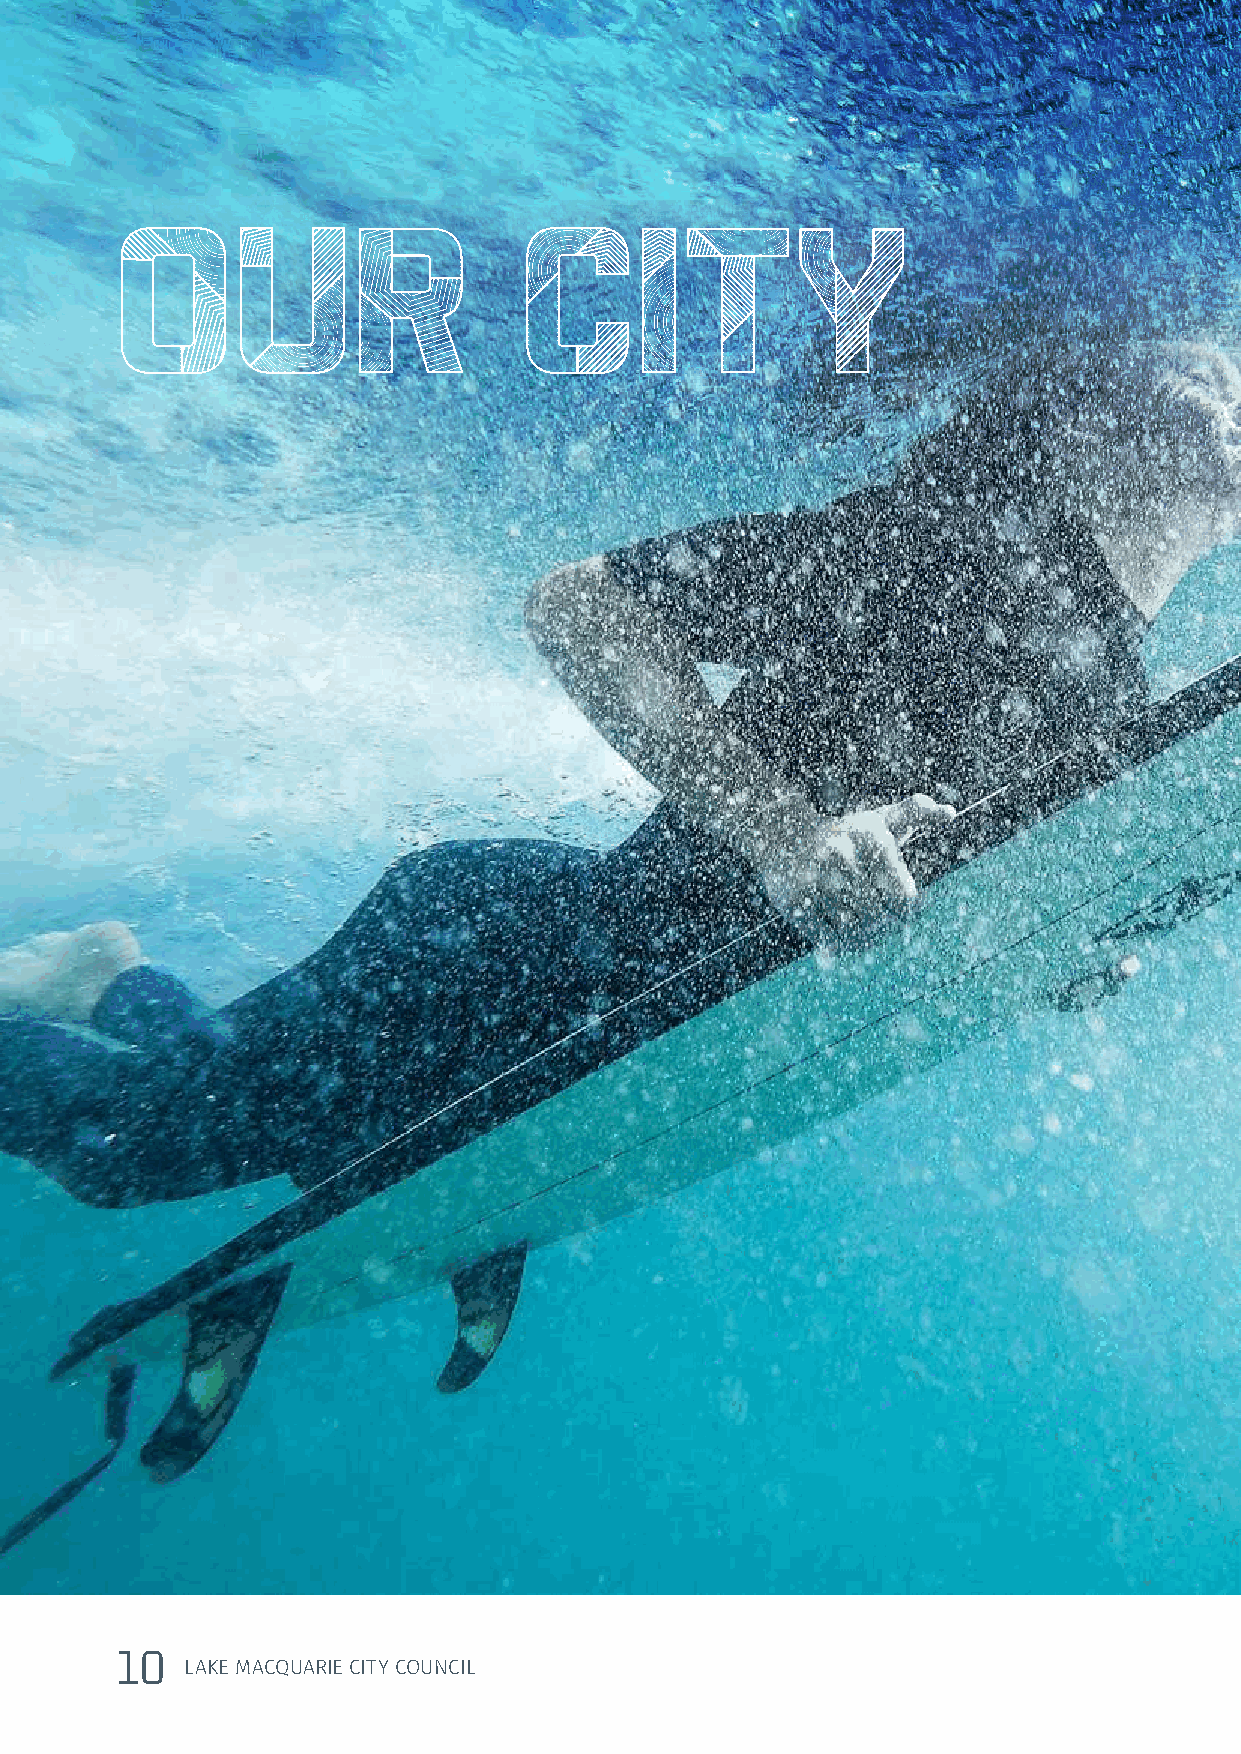
OUR                       CITY
 1100
 LLAAKKEE MMAACCQQUUAARRIIEE CCIITTYY CCOOUUNNCCIILL